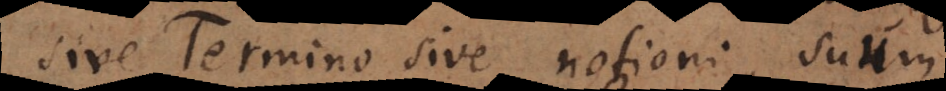
sive Termino sive notioni, suum